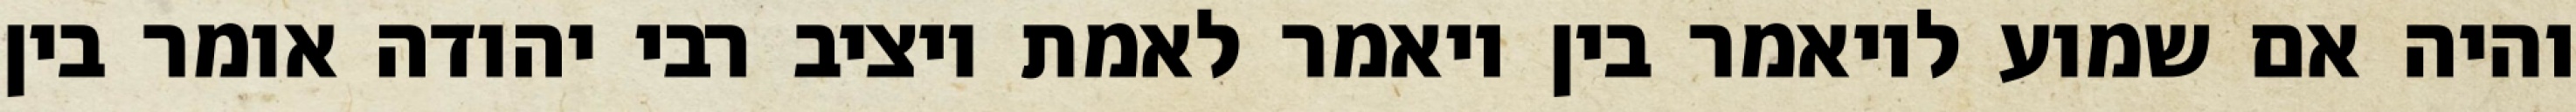
והיה אם שמוע לויאמר בין ויאמר לאמת ויציב רבי יהודה אומר בין